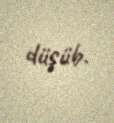
düşüb.